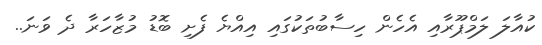
ކުއާލަ ލަމްޕޫރާއި އެހެން ހިސާބުތަކުގައި އިއްޔެ ފެށި ބޮޑު މުޒާހަރާ ދެ ވަނަ..